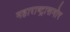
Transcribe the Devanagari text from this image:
महाराष्ट्रासमोर